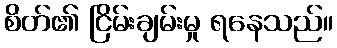
စိတ်၏ ငြိမ်းချမ်းမှု ရနေသည်။